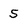
Character: 5